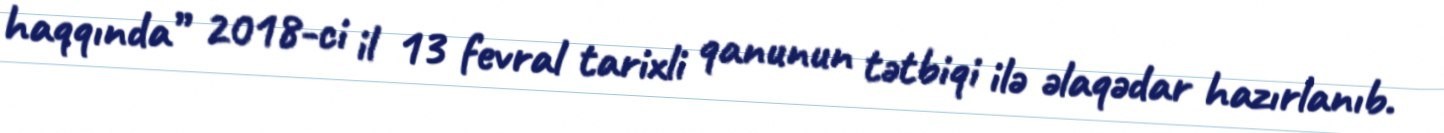
haqqında” 2018-ci il 13 fevral tarixli qanunun tətbiqi ilə əlaqədar hazırlanıb.